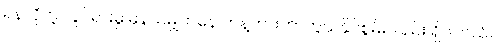
ရန်လိုတဲ့ လှုပ်ရှားမှု မှန်သမျှကနေ ဟန့်တားကာကွယ်နိုင်စွမ်းလည်း ရှိပါတယ်။